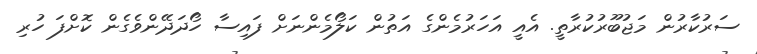
ސަރުކާރުން މަޖުބޫރުކުރާތީ. އެއީ އަހަރުމެންގެ އަތުން ކަލޯމެންނަށް ފައިސާ ހޯދަދޭންވެގެން ކޮށްފަ ހުރި